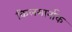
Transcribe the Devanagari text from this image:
किलमार्नाक